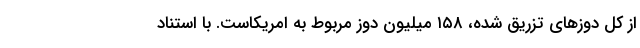
از کل دوزهای تزریق شده، ۱۵۸ میلیون دوز مربوط به امریکاست. با استناد